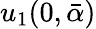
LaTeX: u_{1}(0,\bar{\alpha})